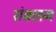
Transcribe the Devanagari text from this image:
संबलन